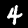
Label: 4